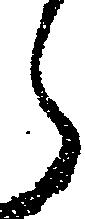
ら